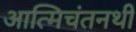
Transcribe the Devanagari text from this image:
आत्मिचंतनथी